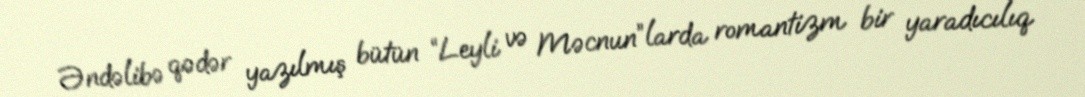
Əndəlibə qədər yazılmış bütün “Leyli və Məcnun”larda romantizm bir yaradıcılıq